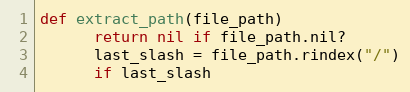
Language: Ruby
def extract_path(file_path)
      return nil if file_path.nil?
      last_slash = file_path.rindex("/")
      if last_slash